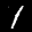
Label: 1